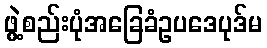
ဖွဲ့စည်းပုံအခြေခံဥပဒေပုဒ်မ